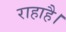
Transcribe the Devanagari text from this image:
राहाहै।